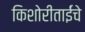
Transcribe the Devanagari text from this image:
किशोरीताईंचे